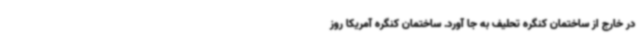
در خارج از ساختمان کنگره تحلیف به جا آورد. ساختمان کنگره آمریکا روز